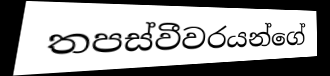
තපස්වීවරයන්ගේ